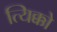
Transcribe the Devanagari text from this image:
त्यिक्को